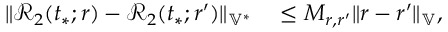
\begin{array} { r l } { \| \mathcal { R } _ { 2 } ( t _ { * } ; r ) - \mathcal { R } _ { 2 } ( t _ { * } ; r ^ { \prime } ) \| _ { \mathbb { V } ^ { * } } } & { { } \le M _ { r , r ^ { \prime } } \| r - r ^ { \prime } \| _ { \mathbb { V } } , } \end{array}